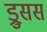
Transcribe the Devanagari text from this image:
ड्रुसस